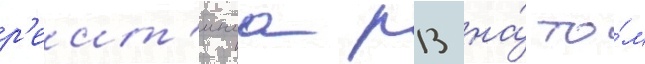
р'еит'инга р13 на́ то́м